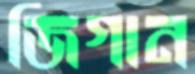
জিগান